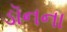
ડૉનના